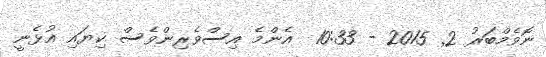
ނޮވެމްބަރު 2